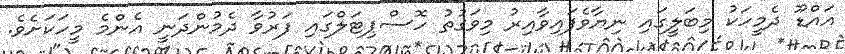
އައްޑޫ ދެމީހަކު މިބަލީގައި ނިޔާވެފައިވާއިރު މިވަގުތު ހޮސްޕިޓަލްގައި ފަރުވާ ދެމުންދަނީ އެންމެ މީހަކަށެވެ.